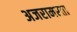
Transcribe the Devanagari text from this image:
अजरामरता